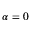
\alpha = 0